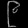
Digit: ၉